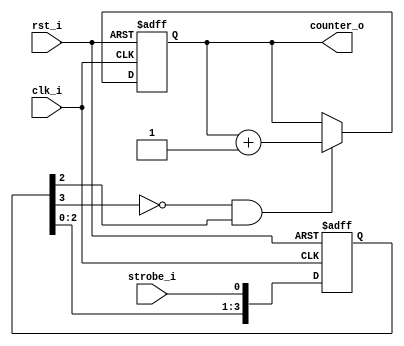
////////////////////////////////////////////////////////////////////////////////
//% @file edge_counter.v
//% @brief .
//% .
//% @author 
////////////////////////////////////////////////////////////////////////////////
`timescale 1ns/10ps
//% @brief .
//% ().
//% .
module edge_counter
#(parameter /*!*/ width=32, /*!0-,1-*/polarity=1'b1)
(
	input clk_i, //% 
	input rst_i, //% 
	input strobe_i, //% 
	output [width-1:0] counter_o //% 
);

(* ASYNC_REG="TRUE" *)
reg [3:0] strobe_r;
reg [width-1:0] counter_r;
assign counter_o = counter_r;
always @(posedge clk_i, posedge rst_i)
begin
	if(rst_i)
	begin
		counter_r<= 'b0;
		strobe_r<= {4{!polarity}};
	end
	else
	begin
		if((strobe_r[3]!=polarity) && (strobe_r[2]==polarity))
			counter_r<=counter_r +1;
		strobe_r<={strobe_r,strobe_i};
	end
end

endmodule